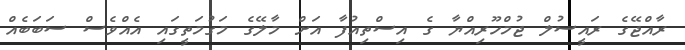
ރާއްޖޭގެ ރައީސުލް ޖުމްހޫރިއްޔާ ގެ އިސްތިއުފާ އަށް މާލޭގެ މަގުމަތީގައި އެއްވެސް ސަބަބެއް